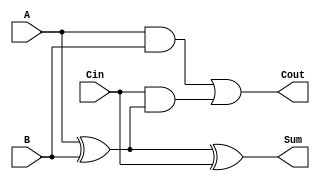
module RippleCarryFullAdder (
    input wire A,      // First input bit
    input wire B,      // Second input bit
    input wire Cin,    // Carry-in bit
    output wire Sum,   // Sum output
    output wire Cout   // Carry-out output
);

    // Intermediate signals
    wire AxorB;       // Intermediate result of A XOR B

    // Logic for Sum
    assign AxorB = A ^ B;          // First XOR gate
    assign Sum = AxorB ^ Cin;      // Second XOR gate for final Sum

    // Logic for Cout
    assign Cout = (A & B) | (Cin & AxorB); // Carry-out logic

endmodule